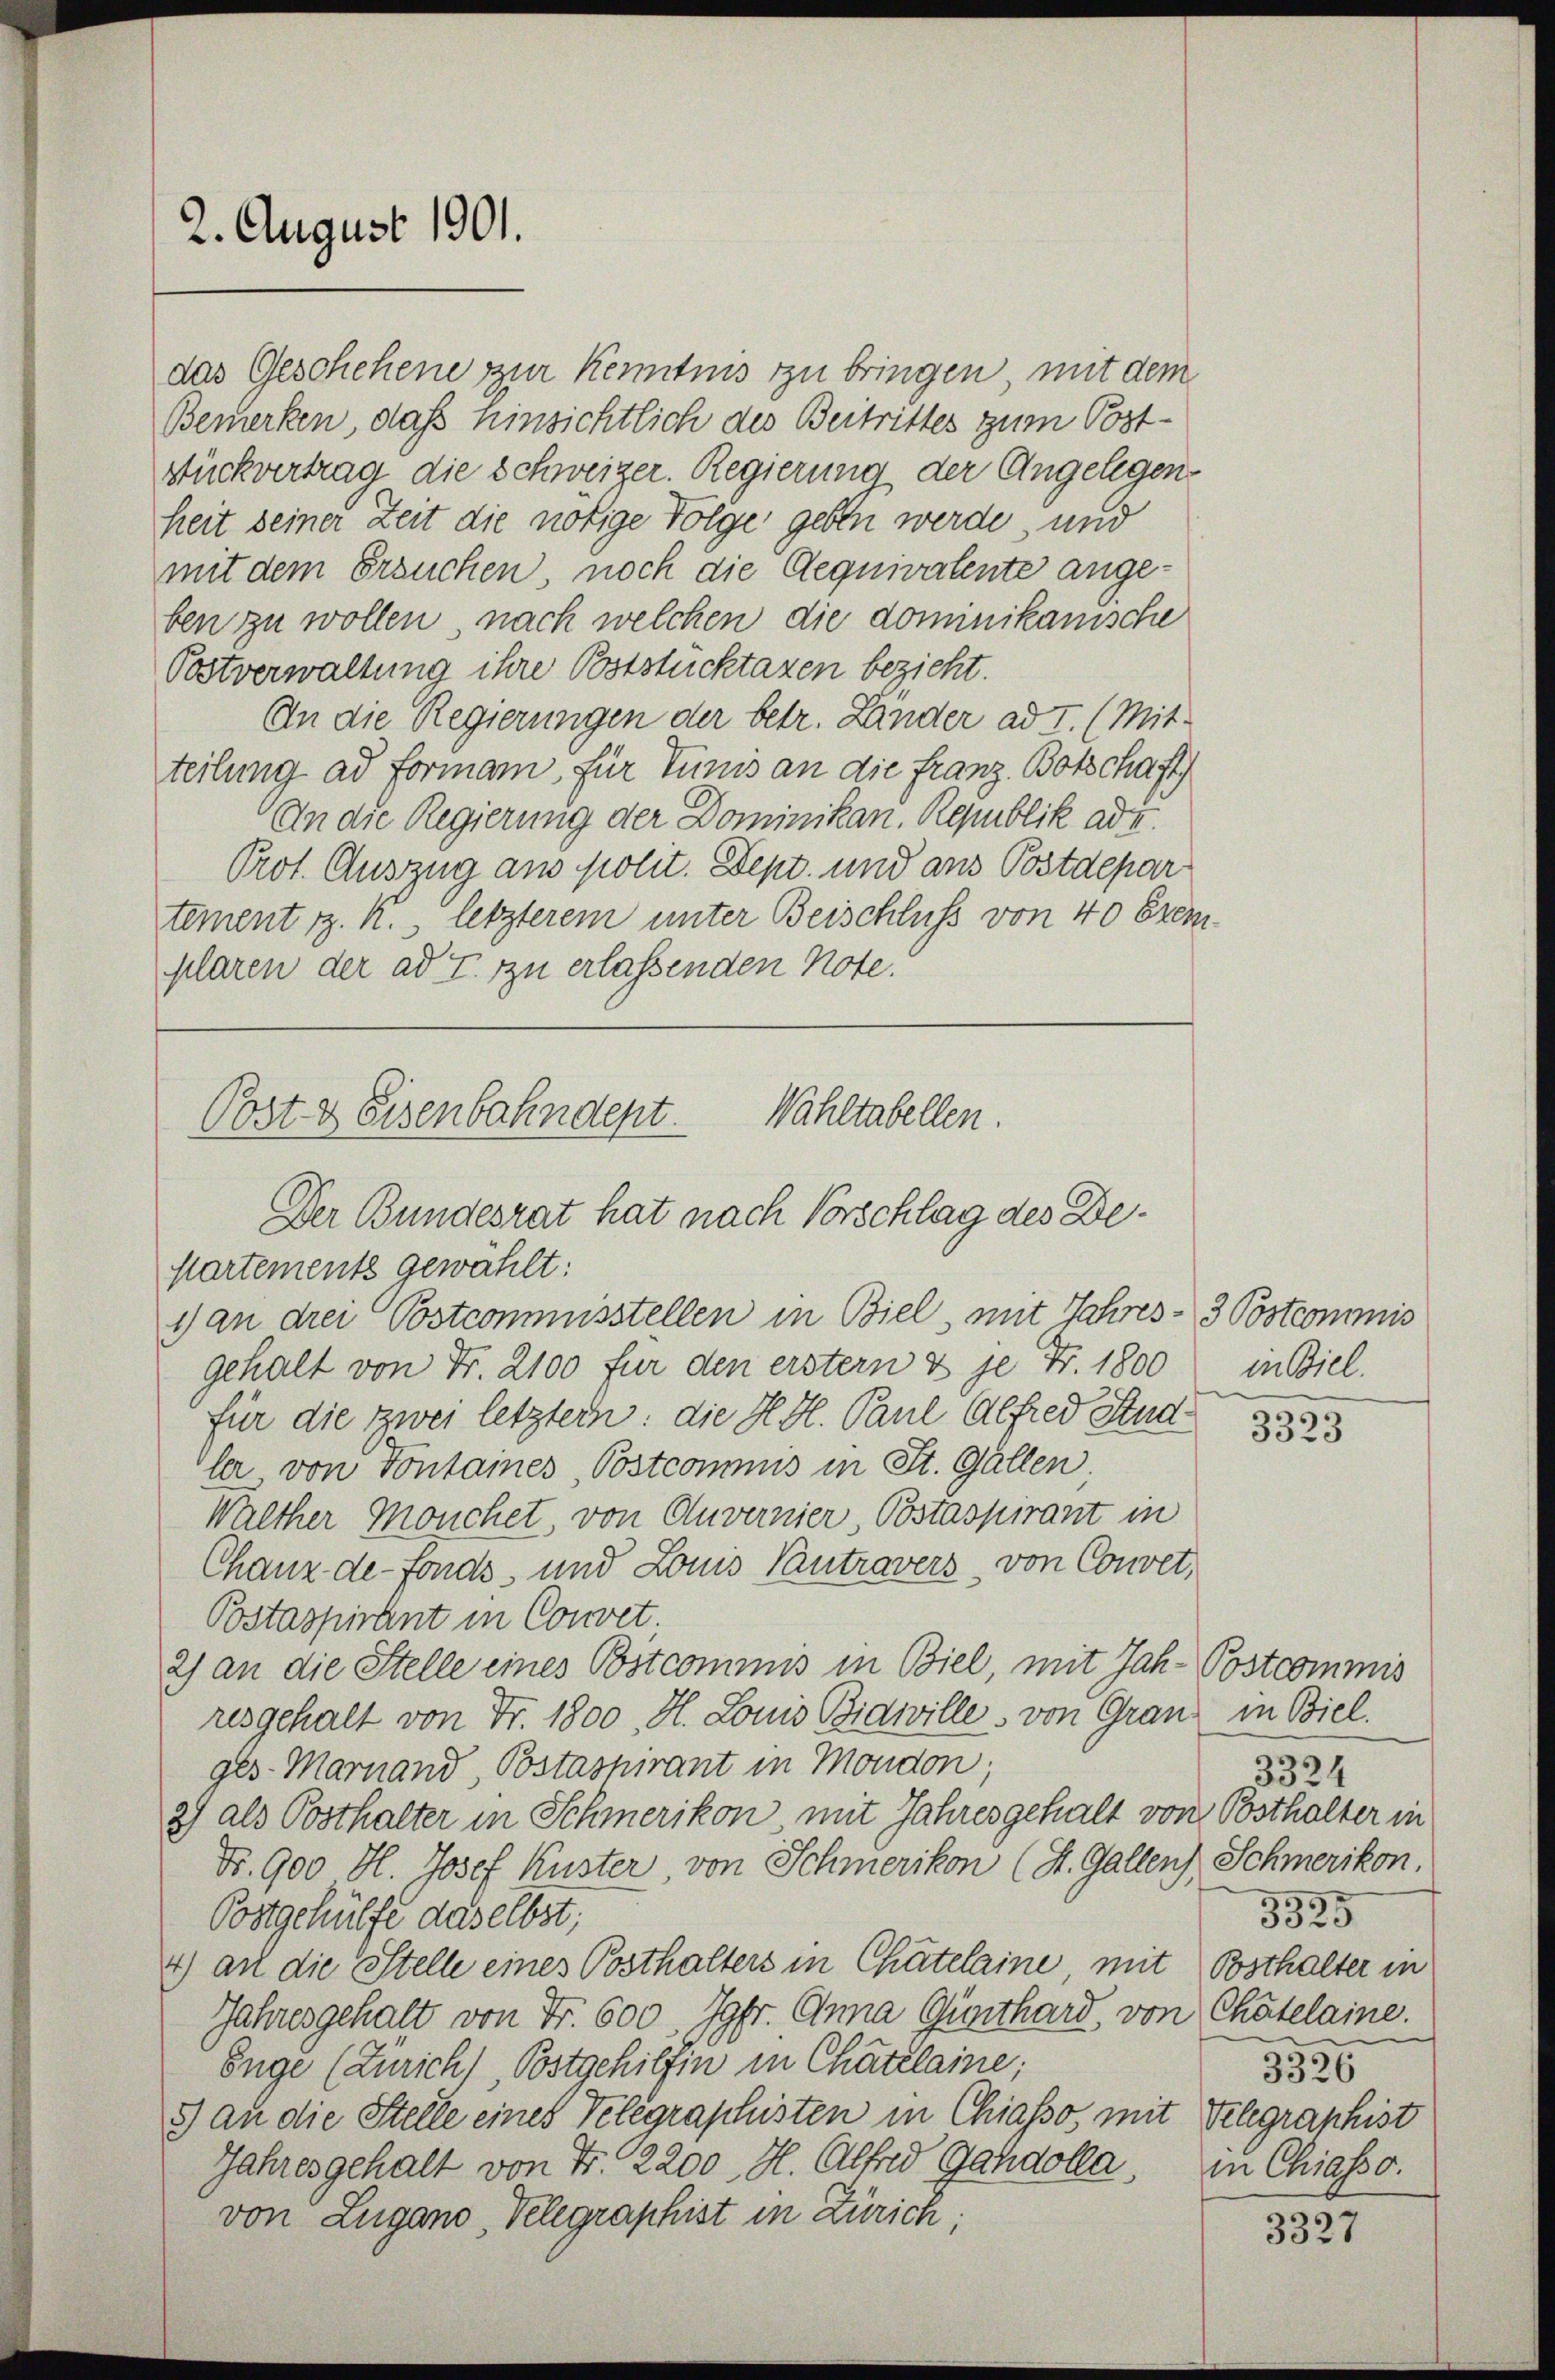
Bemerken, daß hinsichtlich des Beitrittes zum Poststückvertrag die Schweizer. Regierung der Angelegenheit seiner Zeit die nötige Folge geben werde, und
mit dem Ersuchen, noch die Aequivalente angeben zu wollen, nach welchen die dominikanische
Postverwaltung ihre Poststucktazen bezieht.
An die Regierungen der betr. Lander ad I. (Mit-
teilung ad formann, für Tunis an die Franz. Botschaft
An die Regierung der Dominikan. Republik ad u.
Prot. Auszug aus polit. Dept. und aus Postdepar
tement z. K., letzterem unter Beischluss von 40 Exemplaren der ad T. zu erlassenden Note.

2. August 1901.

Post & Eisenbahndept.
Wahltabellen.
Der Bundesrat hat nach Vorschlag des De¬
Partement gewählt:
1) an drei Postcommisstellen in Biel, mit Jahres- 3 Postcommis

das Geschehene zur Kenntnis zu bringen, mit dem

gehalt von Fr. 2100 für den erstern & je Fr. 1800
für die zwei letzter: die K. H. Paul Alfred Stud
ler von Tontaines Postcommis in St. Gallen
Walther Mouchet, von Anvernier, Postaspirant in
Chanz-de-Fonds, und Louis Pantravers, von Convet,
Postaspirant in Convet;
2) an die Stelle eines Postcommis in Biel, mit Jah-Postcommis
resgehalt von Fr. 1800 H. Louis Bidwille, von Gränz(...) Biel.
ges-Marnand, Postaspirant in Moudon,
2) als Posthalter in Schmerikon, mit Jahresgehalt von Posthalter in
Nr. 900 H. Josef Kuster von Schmerikon (St. Gallen), Schmerikon.
Postgehülfe daselbst;
4) an die Stelle eines Posthalters in Chatelaine mit Posthalter in
Jahresgehalt von Fr. 600 Jgfr. Anna Günthard, von Chatelaine.
Enge (Zürich), Postgehilfen in Chatelaine;
8) an die Stelle eines Telegraphisten in Chiasso, mit Telegraphist
Jahresgehalt von Fr. 2200. H. Alfred Gahdolla, in Chiasso.
von Zugano, Velegraphist in Zürich;

in Biel.

3323

3324
3325
3326

3327